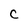
Character: C